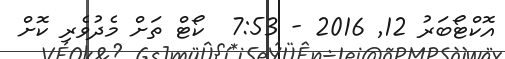
އޮކްޓޯބަރު 12